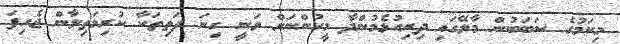
މިކަމުގެ ސަބަބުން މާލޭގައި ދިރިއުޅެމުންދާ މީހުންނަށް ވަނީ ގިނަ ދަތިތަކާ ކުރިމަތިލާން ޖެހިފަ